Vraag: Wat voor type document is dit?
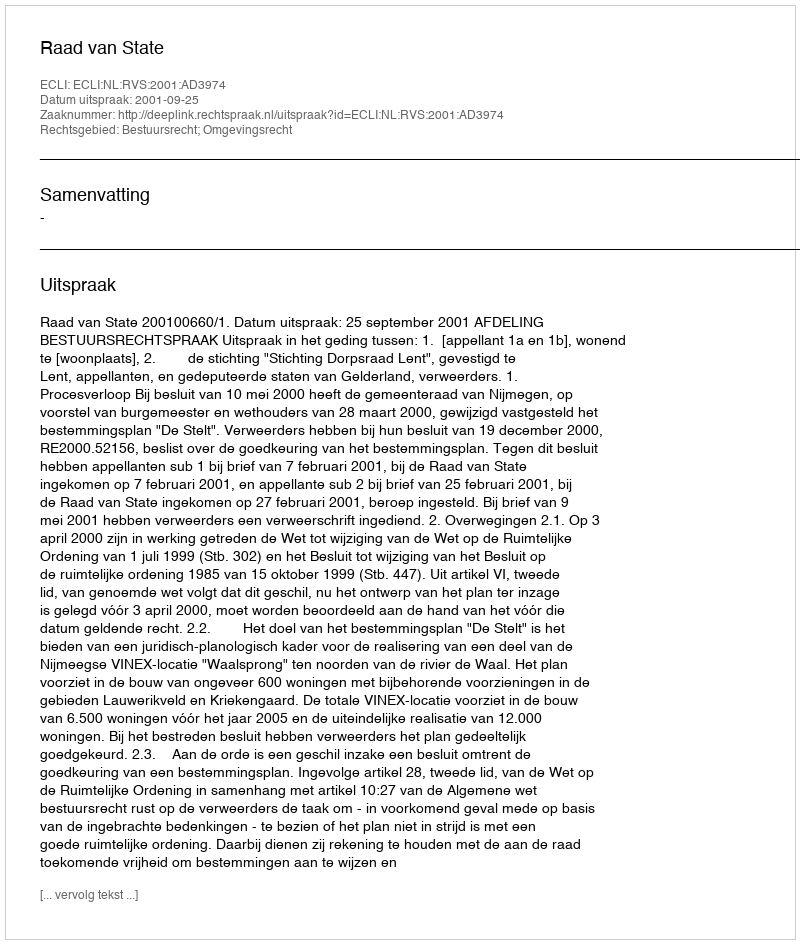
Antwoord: Uitspraak